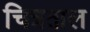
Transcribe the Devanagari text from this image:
चित्रताल